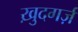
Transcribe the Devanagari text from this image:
ख़ुदगर्ज़